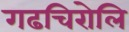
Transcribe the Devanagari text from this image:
गढचिरोलि